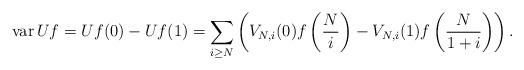
\begin{align*}\mathrm{var}\, Uf = Uf(0) - Uf(1) = \sum_{i \geq N} \left( V_{N,i}(0) f\left(\frac{N}{i}\right) - V_{N,i}(1) f\left(\frac{N}{1+i}\right) \right). \end{align*}